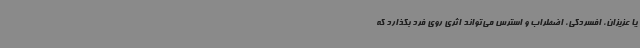
یا عزیزان، افسردگی، اضطراب و استرس می‌تواند اثری روی فرد بگذارد که